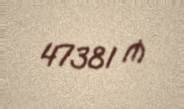
47381 ₼